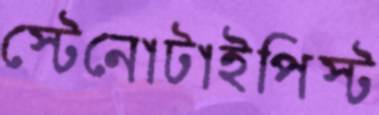
স্টেনোটাইপিস্ট